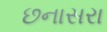
છનાસરા